Sanitation, dispensaries and jails vaccination Rajputana 1922-1927 - 1922-1927
Year: 1922
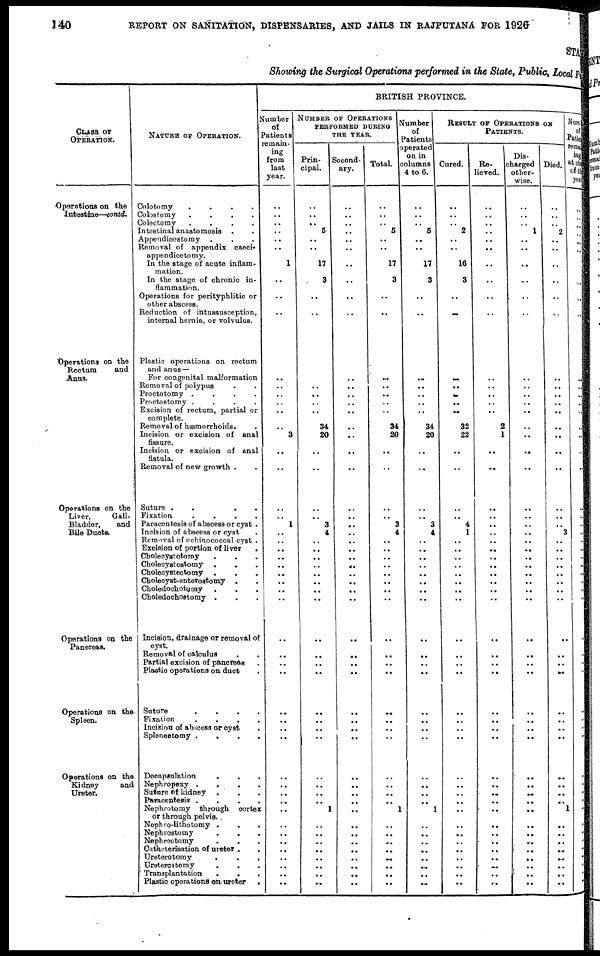
140
REPORT ON SANITATION, DISPENSARIES, AND JAILS IN RAJPUTANA FOR 1926
STATE
Showing the Surgical Operations performed in the State, Public, Local Fun
CLASS OF
OPERATION.
Operations on the
Intestine—contd.
Operations on the
Rectum
and
Anus.
Operations on the
Liver,
Gail¬
Bladder,
and
Bile Ducts.
Operations on the
Panereas.
Operations on the
Spleen.
Operations on the
Kidney
and
Ureter.
NATURE OF OPERATION.
Colotomy
.
.
.
.
Colostomy
.
.
.
.
Colectomy
.
.
.
.
Intestinal anastomosis . .
Appendicostomy . . .
Removal of appendix caeci¬
appendicetomy.
In the stage of acute inflam-
mation.
In the stage of chronic in-
flammation.
Operations for perityphlitic or
other abscess.
Reduction of intussusception,
internal hernia, or volvulus.
Plastic operations on rectum
and anus—
For congenital malformation
Removal of polypus . .
Proctotomy .
.
.
.
Proctostomy .
.
.
.
Excision of rectum, partial or
complete.
Removal of hæmorrhoids. .
Incision or excision of anal
fissure.
Incision or excision of anal
fistula.
Removal of new growth . .
Suture .
.
. .
Fixation
.
.
.
.
Paracentesis of abscess or cyst .
Incision of abscess or cyst .
Removal of echinococcal cyst .
Excision of portion of liver .
Choleoystotomy . . .
Cholecystostomy .
. .
Cholecystectomy . . .
Cholecyst-enterostomy . .
Choledochotomy . . .
Choledochostomy . . .
Incision, drainage or removal of
cyst.
Removal of calculus
.
.
Partial excision of pancreas .
Plastic operations on duct .
Suture
.
.
.
.
Fixation
.
.
.
.
Incision of abscess or cyst
Splenectomy .
.
.
.
Decapsulation . . .
Nephropexy .
.
.
.
Suture of kidney . . .
Paracentesis .
.
.
.
Nephrotomy through cortex
or through pelvis.
Nephro-lithotomy . . .
Nephrostomy . . .
Nephrectomy . . .
Cathcterisation of ureter . .
Ureterotomy
.
.
.
Ureterostomy . . .
Transplantation . . .
Plastic operations on ureter
.
BRITISH PROVINCE.
Number
of
Patients
remain¬
ing
from
last
year.
..
..
..
..
..
..
1
..
..
..
...
..
..
..
..
..
3
..
..
..
..
1
..
.. ..
..
..
..
..
..
..
..
..
..
..
..
..
..
..
..
..
..
..
..
..
..
..
..
..
..
..
..
NUMBER OF OPERATIONS
PERFORMED DURING
THE YEAR.
Prin¬
cipal.
..
..
.. 5
..
..
17
3
..
..
..
..
..
..
..
34
20
..
..
..
..
3
4
.. ..
..
..
..
..
..
..
..
..
..
..
..
..
..
..
..
..
..
..
1
..
..
..
..
..
..
..
...
Second¬
ary.
..
..
..
..
..
..
..
..
..
..
..
..
..
..
..
..
..
..
..
..
..
..
..
..
..
..
..
..
..
..
..
..
..
..
..
..
..
..
..
..
..
..
..
..
..
..
..
..
..
..
..
..
Total.
..
..
..
5
..
..
17
3
..
..
..
..
..
..
..
34
20
..
..
..
..
3
4
..
..
..
..
..
..
..
..
..
..
..
..
..
..
..
..
..
..
..
..
1
..
..
..
..
..
..
..
..
Number
of
Patients
operated
on in
columns
4 to 6.
..
..
..
5
..
..
17
3
..
..
..
..
..
..
..
34
20
..
..
..
..
3
4
.. ..
..
..
..
..
..
..
..
..
..
..
..
..
..
..
..
..
..
..
1
..
..
..
..
..
..
..
..
RESULT OF OPERATIONS ON
PATIENTS.
Cured.
..
..
..
2
..
..
16
3
..
..
..
..
..
...
..
32
22
..
..
..
..
4
1
..
..
..
..
..
..
..
..
..
..
..
..
..
..
..
..
..
..
..
..
..
..
..
..
..
..
..
..
..
Re¬
lieved.
..
..
..
..
..
..
..
..
..
..
..
..
..
..
..
2
1
..
..
..
..
..
..
..
..
..
..
..
..
..
..
..
..
..
..
..
..
..
..
..
..
..
..
..
..
..
..
..
..
..
..
..
Dis¬
charged
other-
wise.
..
..
..
1
..
..
..
..
..
..
..
..
..
..
..
..
..
..
..
..
..
..
..
..
..
..
..
..
..
..
..
..
..
..
..
..
..
..
..
..
..
..
..
..
..
..
..
..
..
..
..
..
Died.
..
..
.. 2
..
..
..
..
..
..
..
..
..
..
..
..
..
..
..
..
..
..
3
..
..
..
..
..
..
..
..
..
..
..
..
..
..
..
..
..
..
..
..
1
..
..
..
..
..
..
..
..
Number
of
Patients
remain¬
ing
at close
of the
year.
..
..
..
..
..
..
..
..
..
..
..
..
..
..
..
..
..
..
..
..
..
..
..
..
..
..
..
..
..
..
..
..
..
..
..
..
..
..
..
..
..
..
..
..
..
..
..
..
..
..
..
..